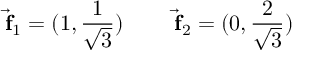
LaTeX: \vec { \mathrm { \bf ~ f } } _ { 1 } = ( 1 , { \frac { 1 } { \sqrt { 3 } } } ) \qquad \vec { \mathrm { \bf ~ f } } _ { 2 } = ( 0 , { \frac { 2 } { \sqrt { 3 } } } )